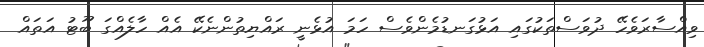
ވިއްސާރަވެހޭ ދުވަސްތަކުގައި އަޅުގަނޑުމެންވެސް ހަމަ އުޅެނީ ރައްޔިތުންނެކޭ އެއް ހާލެއްގަ ބޫޓު އަތައް